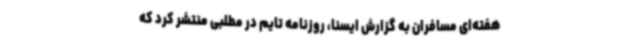
هفته‌ای مسافران به گزارش ایسنا، روزنامه تایم در مطلبی منتشر کرد که